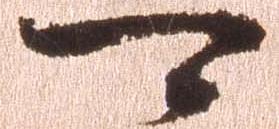
可